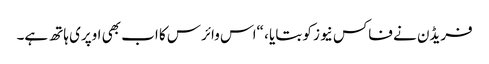
فریڈن نے فاکس نیوز کو بتایا ، “اس وائرس کا اب بھی اوپری ہاتھ ہے۔